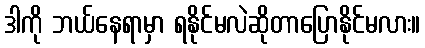
ဒါကို ဘယ်နေရာမှာ ရနိုင်မလဲဆိုတာပြောနိုင်မလား။